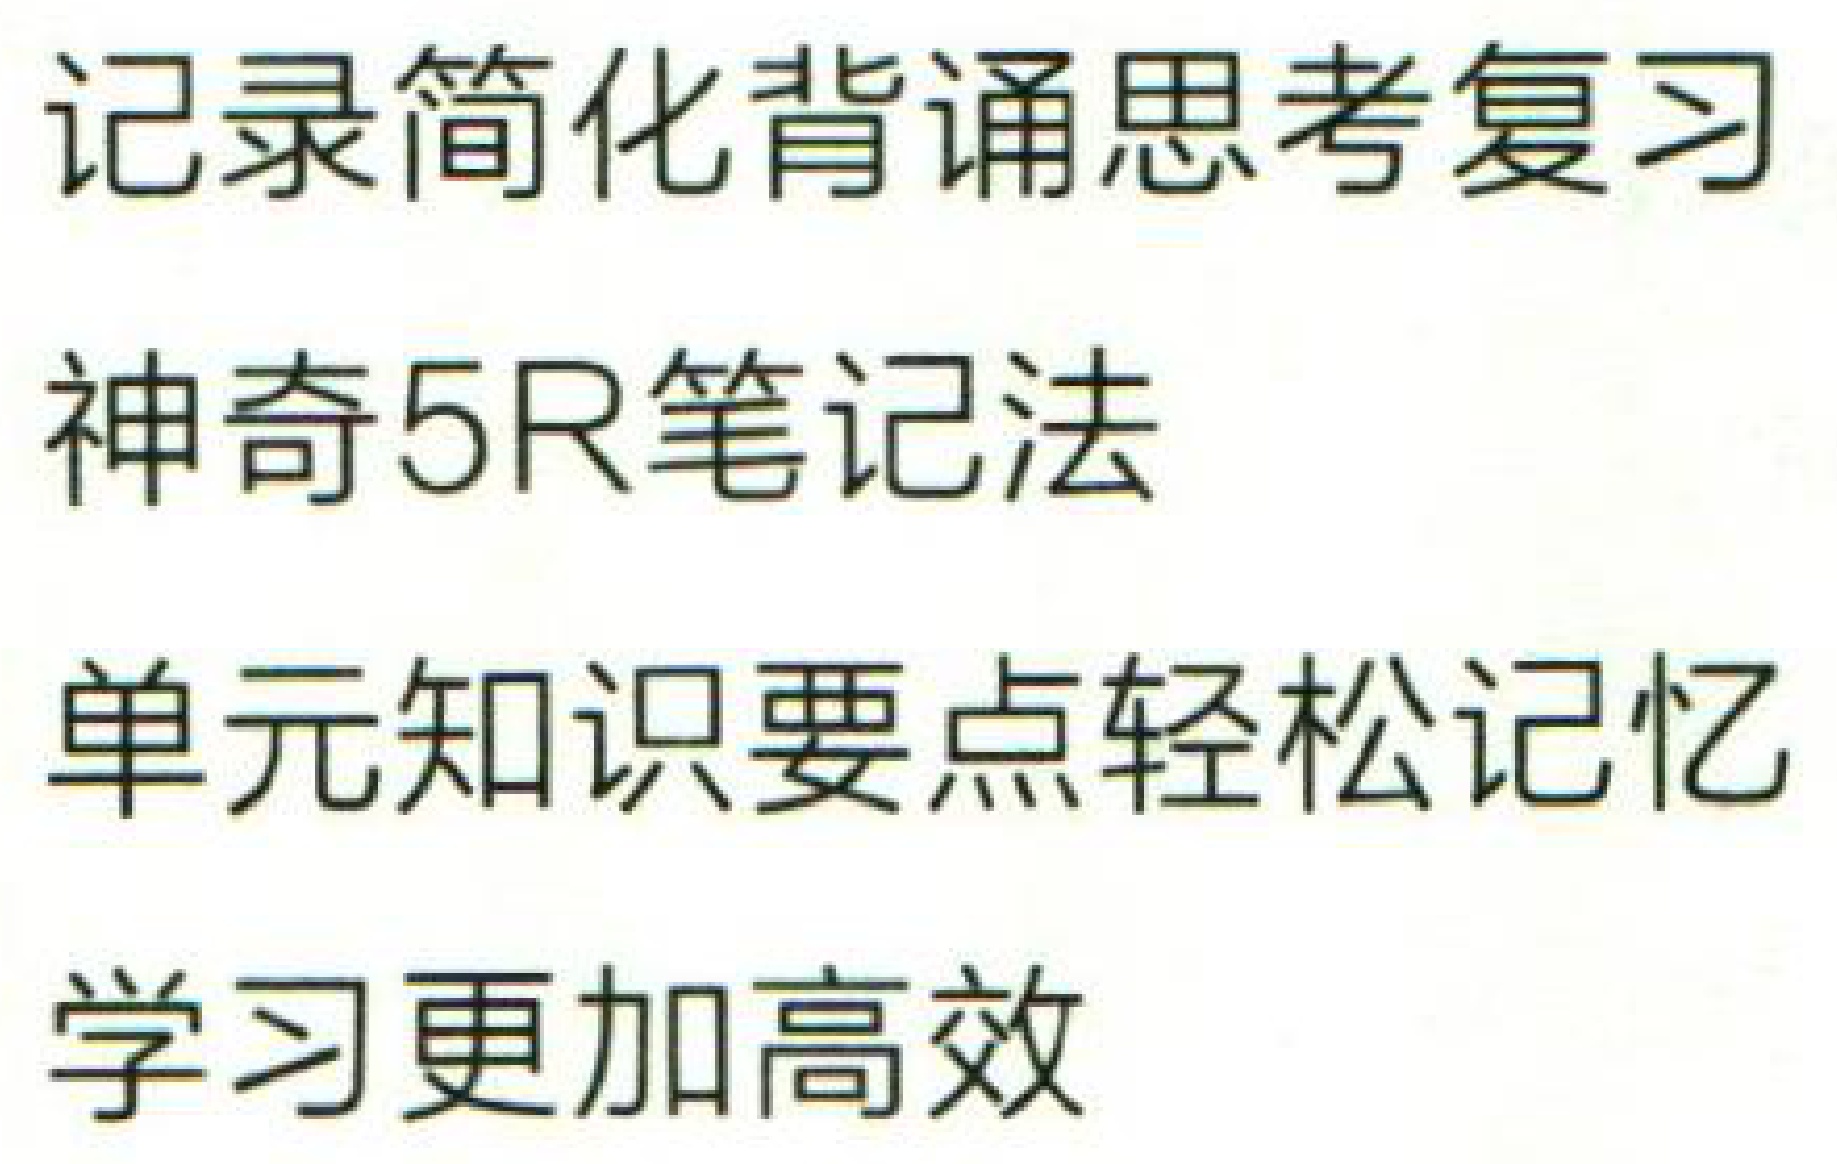
记录简化背诵思考复习\\

神奇5R笔记法\\

单元知识要点轻松记忆\\

学习更加高效